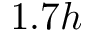
1 . 7 h